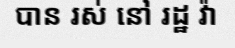
បាន រស់ នៅ រដ្ឋ វ៉ា